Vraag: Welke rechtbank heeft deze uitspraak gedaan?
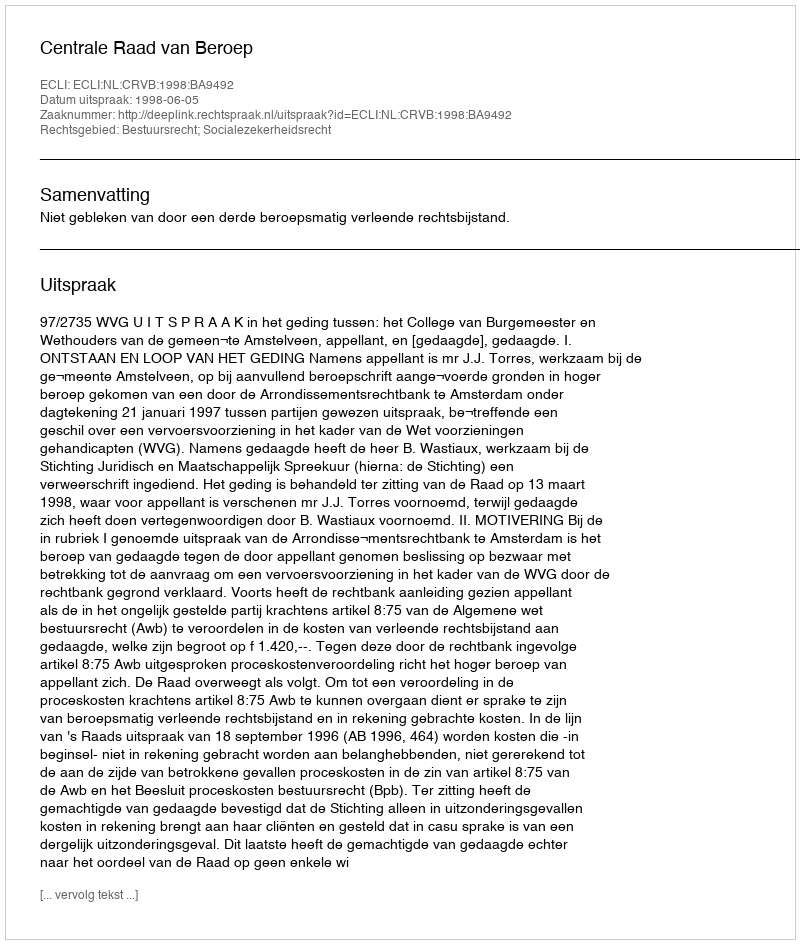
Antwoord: Centrale Raad van Beroep